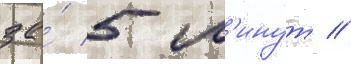
за́ 5 м'инут //